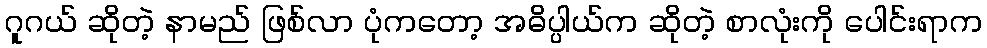
ဂူဂယ် ဆိုတဲ့ နာမည် ဖြစ်လာ ပုံကတော့ အဓိပ္ပါယ်က ဆိုတဲ့ စာလုံးကို ပေါင်းရာက